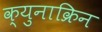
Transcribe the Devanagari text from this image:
क्युनाक्रिन